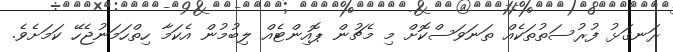
ރަނގަޅު ފުރުސަތުތަކެއް ތަނަވަސްކޮށް މި މެޗުން ޕޮއިންޓެއް ލިބުމުން އެކަމާ ހިތްހަމަނުޖެހޭ ކަމަށެވެ.